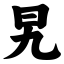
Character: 旯